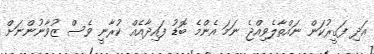
އަދި ފަގީރުކަން ނައްތާލެވިއްޖެ ނަމަ އެންމެ ބޮޑު ފައިދާއެއް ކުރާނީ ވެސް ޒުވާނުންނަށް